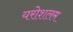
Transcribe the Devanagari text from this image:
यरोशलम